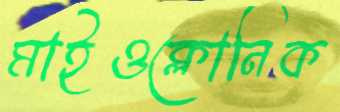
মাইওক্লোনিক